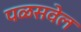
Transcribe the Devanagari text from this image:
पळसवेल